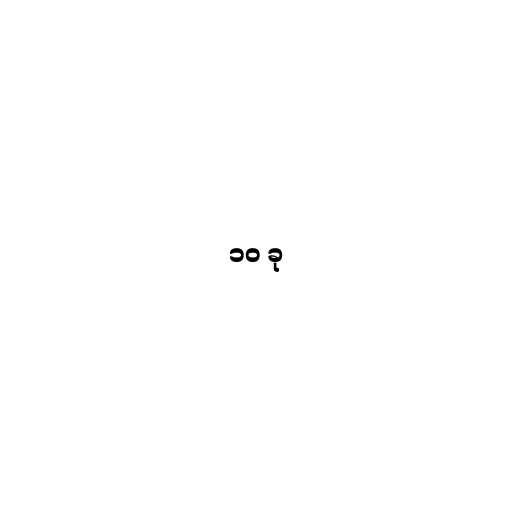
၁၀ ခု